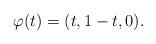
LaTeX: \begin{align*}\varphi(t) = (t, 1-t, 0).\end{align*}